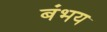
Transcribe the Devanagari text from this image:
बंभय